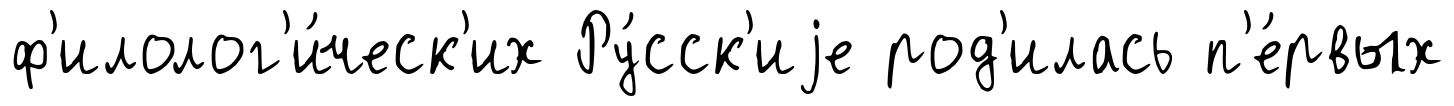
ф'илолог'и́ческ'их Ру́сск'иjе род'илась п'е́рвых